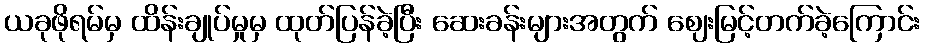
ယခုဖိုရမ်မှ ထိန်းချုပ်မှုမှ ထုတ်ပြန်ခဲ့ပြီး ဆေးခန်းများအတွက် ဈေးမြင့်တက်ခဲ့ကြောင်း